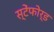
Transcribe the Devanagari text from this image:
स्टेंफोर्ड